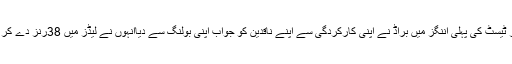
پاکستان کے خلاف لیڈز ٹیسٹ کی پہلی اننگز میں براڈ نے اپنی کارکردگی سے اپنے ناقدین کو جواب اپنی بولنگ سے دیاانہوں نے لیڈز میں 38رنز دے کر تین وکٹ حاصل کئے۔